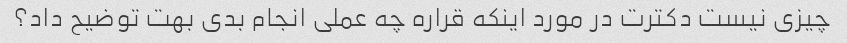
چیزی نیست دکترت در مورد اینکه قراره چه عملی انجام بدی بهت توضیح داد؟